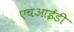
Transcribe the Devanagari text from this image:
एचआईडी